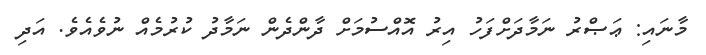
މާނައި: ޢަޞްރު ނަމާދަށްފަހު އިރު އޮއްސުމަށް ދާންދެން ނަމާދު ކުރުމެއް ނުވެއެވެ. އަދި